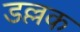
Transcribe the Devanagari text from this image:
डल्लक